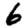
Digit: 6